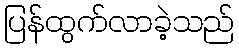
ပြန်ထွက်လာခဲ့သည်